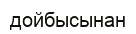
дойбысынан